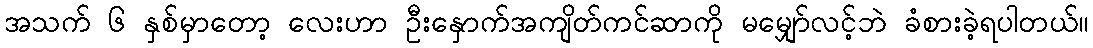
အသက် ၆ နှစ်မှာတော့ လေးဟာ ဦးနှောက်အကျိတ်ကင်ဆာကို မမျှော်လင့်ဘဲ ခံစားခဲ့ရပါတယ်။